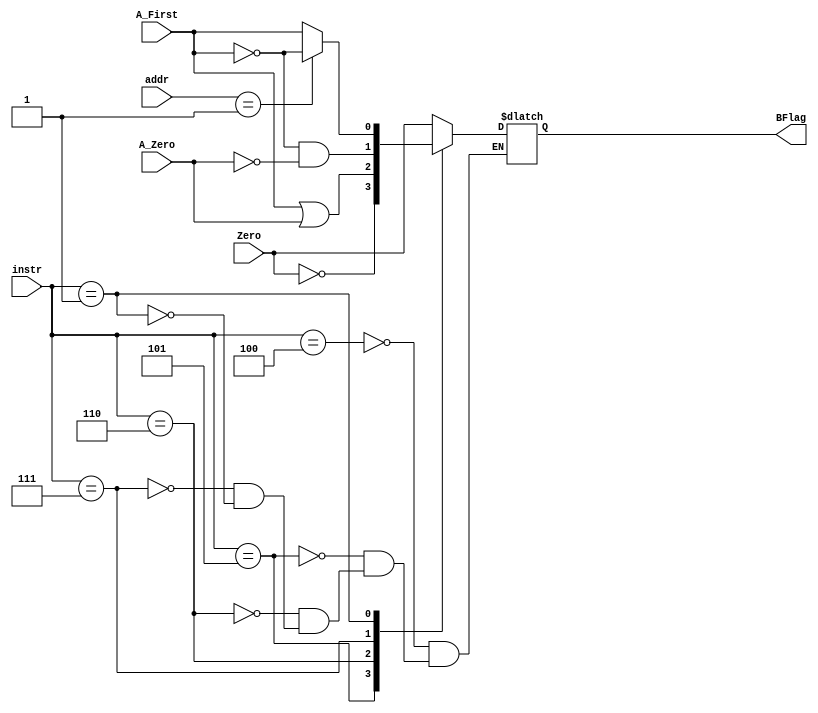
module B(A_First,A_Zero,Zero,BFlag,instr,addr);
    input A_First;
    input A_Zero;
    input Zero;
    output reg BFlag;
    input [31:26]instr;
    input [4:0]addr;

    always@(*)
    begin
        case(instr)
            4:BFlag <= Zero;
            5:BFlag <= ~Zero;
            6:BFlag <= A_First||A_Zero;
            7:BFlag <= (~A_First)&&(~A_Zero);
            1:if (addr==5'b1)
                BFlag <= ~A_First;
                else
                BFlag <= A_First;
        endcase
    end
endmodule